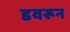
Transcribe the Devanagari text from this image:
डवरून